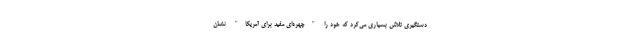
دستگیری تلاش بسیاری می‌کرد که خود را "چهره‌ای مفید برای آمریکا" نشان